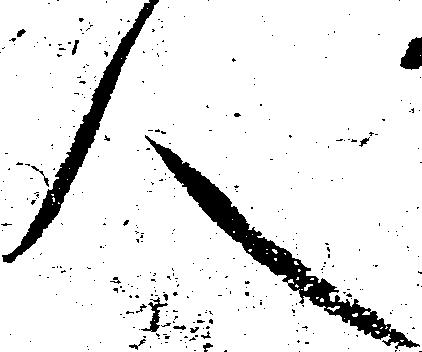
人